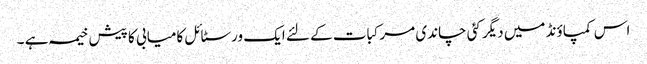
اس کمپاؤنڈ میں دیگر کئی چاندی مرکبات کے لئے ایک ورسٹائل کامیابی کا پیش خیمہ ہے ۔